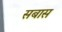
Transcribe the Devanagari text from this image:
सबास